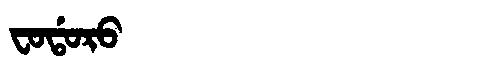
Manchu: ᠸᠣᡩᠣᡵᠣ
Romanization: FODORO